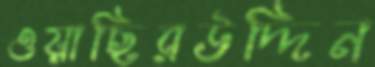
ওয়াছিরউদ্দিন